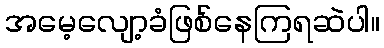
အမေ့လျော့ခံဖြစ်နေကြရဆဲပါ။